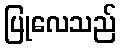
ပြုလေသည်